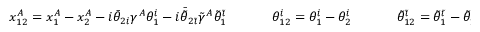
\begin{array} { c c c } { { x _ { 1 2 } ^ { A } = x _ { 1 } ^ { A } - x _ { 2 } ^ { A } - i \bar { \theta } _ { 2 i } \gamma ^ { A } \theta _ { 1 } ^ { i } - i \bar { \tilde { \theta } } _ { 2 \tilde { \imath } } \tilde { \gamma } ^ { A } \tilde { \theta } _ { 1 } ^ { \tilde { \imath } } ~ ~ ~ ~ } } & { { ~ ~ ~ \theta _ { 1 2 } ^ { i } = \theta _ { 1 } ^ { i } - \theta _ { 2 } ^ { i } ~ ~ ~ ~ } } & { { ~ ~ ~ \tilde { \theta } _ { 1 2 } ^ { \tilde { \imath } } = \tilde { \theta } _ { 1 } ^ { \tilde { \imath } } - \tilde { \theta } _ { 2 } ^ { \tilde { \imath } } } } \end{array}